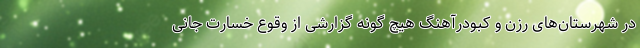
در شهرستان‌های رزن و کبودرآهنگ هیچ گونه گزارشی از وقوع خسارت جانی